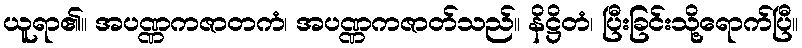
ယူရာ၏။ အပဏ္ဏကဇာတကံ၊ အပဏ္ဏကဇာတ်သည်။ နိဋ္ဌိတံ၊ ပြီးခြင်းသို့ရောက်ပြီ။